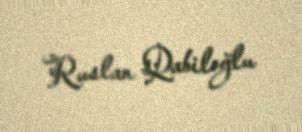
Ruslan Qabiloğlu